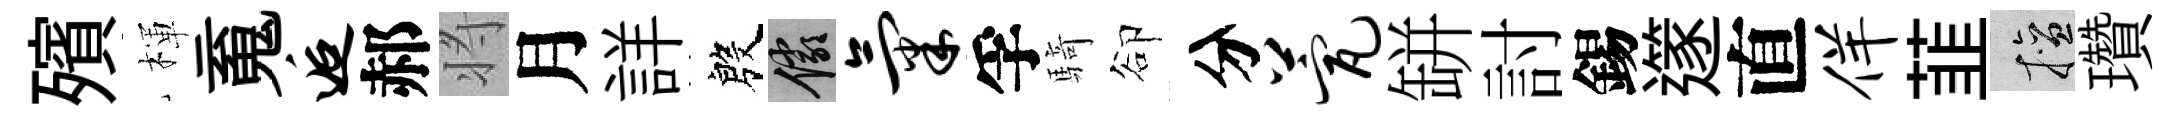
殯楎䰟逅郝将月詳殷儼气孚騎卻分甍缾討錫𨗹直佯韮擅瓚